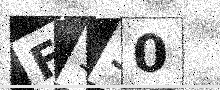
Text: F530